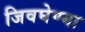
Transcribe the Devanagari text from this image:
जिवघेण्या